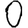
Digit: 0